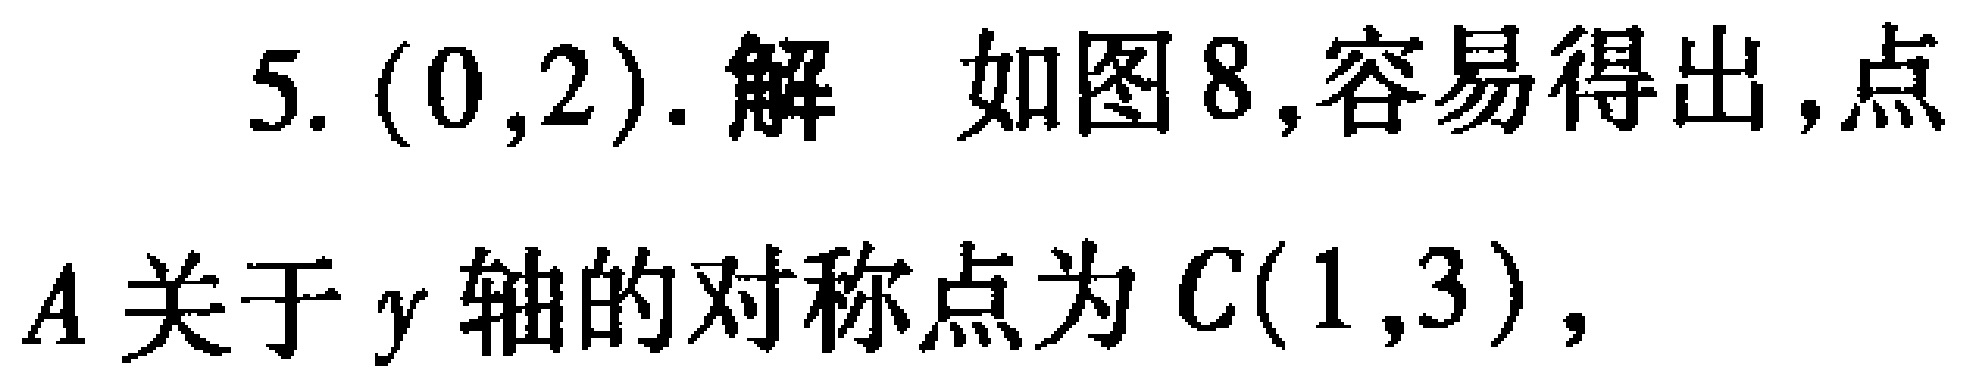
5. $(0,2)$. 解 如图8,容易得出,点
$A$关于$y$轴的对称点为$C(1,3)$，